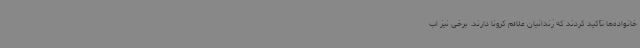
خانواده‌ها تأکید کردند که زندانیان علائم کرونا دارند. برخی نیز اب